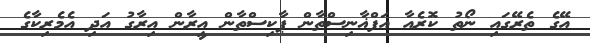
އޭގެ ތެރޭގައި ނޯތު ކޮރެއާ އަފްޣާނިސްތާން ޕާކިސްތާން އީރާން އިރާގު އަދި އެމެރިކާގެ